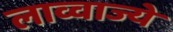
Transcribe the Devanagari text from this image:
लाव्वाज्ये